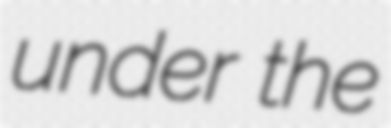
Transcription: under the